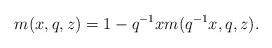
LaTeX: \begin{align*}m(x,q,z)=1-q^{-1}xm(q^{-1}x,q,z).\end{align*}